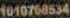
1010768534